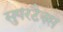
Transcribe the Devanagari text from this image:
सुपरटैक्स